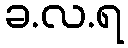
ခ.လ.ရ